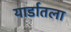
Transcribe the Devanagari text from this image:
यार्डातला